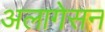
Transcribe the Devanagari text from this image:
अलागेसन